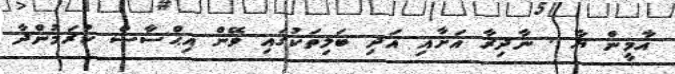
އާމީން ޔާ . ނާދިރާ އަށާއި އަދި ބަލިތަކުގައި ވޭން އިޙްސާސް ކުރަމުންދާ